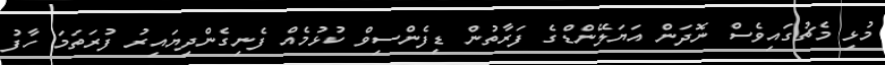
މުޅި މެޗުގައިވެސް ނޮދަން އަޔަލޭންޑްގެ ފަރާތުން ޑިފެންސިވް ކުޅުމެއް ފެނިގެންދިޔައިރު ފުރަތަމަ ހާފު